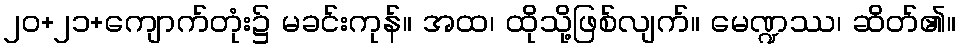
၂၀+၂၁+ကျောက်တုံး၌ မခင်းကုန်။ အထ၊ ထိုသို့ဖြစ်လျက်။ မေဏ္ဍဿ၊ ဆိတ်၏။